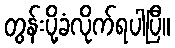
တွန်းပို့ခံလိုက်ရပါပြီ။